Document type: Emphyteutic lease
Year: 1473
Scribe: [Unknown]
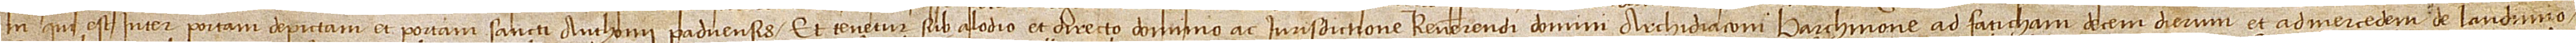
ni qui est inter portam Depictam et portam Sancti Anthonii Paduensis; et tenetur sub alodio et directo dominio ac iurisdictione reverendi domini archidiaconi Barchinone, ad faticham decem dierum et ad mercedem de laudimio